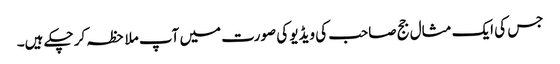
جس کی ایک مثال جج صاحب کی ویڈیو کی صورت میں آپ ملاحظہ کر چکے ہیں۔